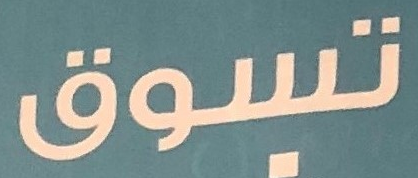
تسوق